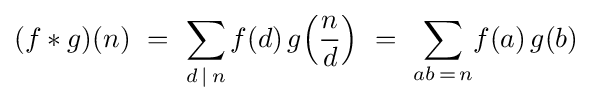
(f*g)(n)\ =\ \sum _{d\,\mid \,n}f(d)\,g\!\left({\frac {n}{d}}\right)\ =\ \sum _{ab\,=\,n}\!f(a)\,g(b)